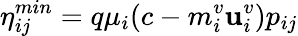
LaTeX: \eta_{ij}^{min}=q\mu_{i}(c-m_{i}^{v}\mathbf{u}_{i}^{v})p_{ij}